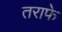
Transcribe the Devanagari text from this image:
तराफे